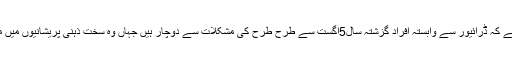
خیال رہے کہ ڈرائیور سے وابستہ افراد گزشتہ سال5اگست سے طرح طرح کی مشکلات سے دوچار ہیں جہاں وہ سخت ذہنی پریشانیوں میں مبتلا ہیں۔